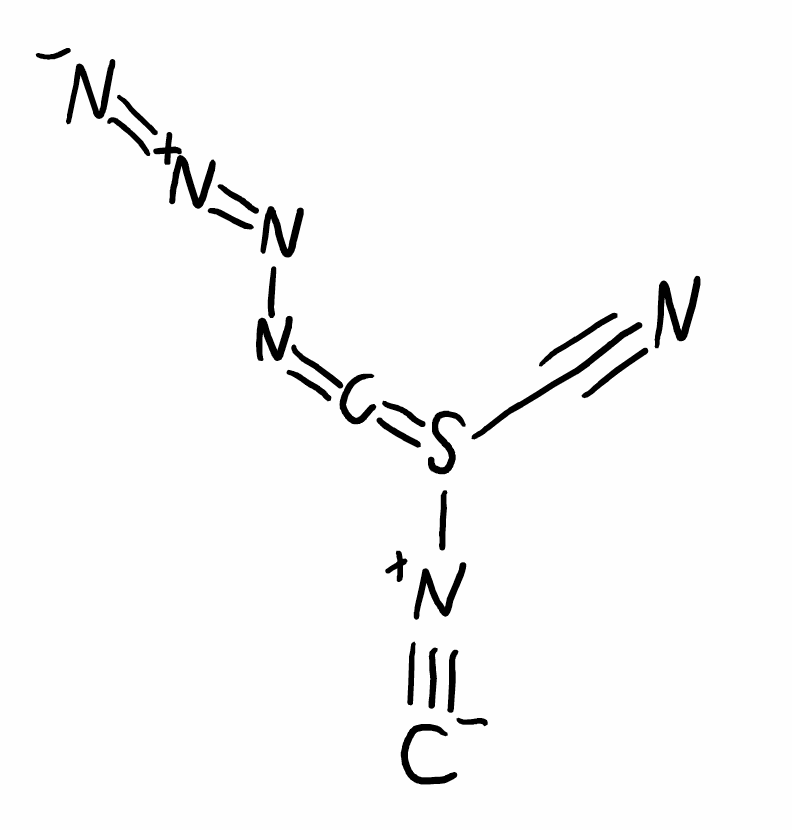
Simplified molecular-input line-entry system (SMILES) notation of the given molecule:
[C-]#[N+]S(=C=NN=[N+]=[N-])C#N